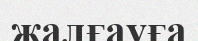
жалғауға